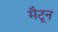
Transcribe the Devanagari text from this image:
मैटून